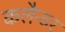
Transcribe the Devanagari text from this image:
कलैन्डर